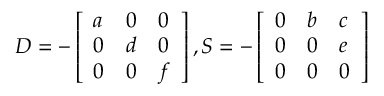
D = - \left[ \begin{array} { l l l } { a } & { 0 } & { 0 } \\ { 0 } & { d } & { 0 } \\ { 0 } & { 0 } & { f } \end{array} \right] , S = - \left[ \begin{array} { l l l } { 0 } & { b } & { c } \\ { 0 } & { 0 } & { e } \\ { 0 } & { 0 } & { 0 } \end{array} \right]